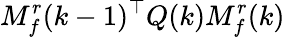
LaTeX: M_{f}^{r}(k-1)^{\top}Q(k)M_{f}^{r}(k)